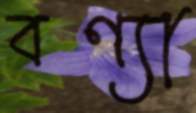
বণ্যা